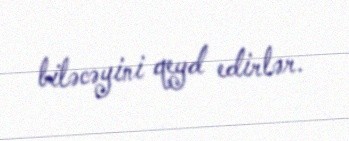
biləcəyini qeyd edirlər.